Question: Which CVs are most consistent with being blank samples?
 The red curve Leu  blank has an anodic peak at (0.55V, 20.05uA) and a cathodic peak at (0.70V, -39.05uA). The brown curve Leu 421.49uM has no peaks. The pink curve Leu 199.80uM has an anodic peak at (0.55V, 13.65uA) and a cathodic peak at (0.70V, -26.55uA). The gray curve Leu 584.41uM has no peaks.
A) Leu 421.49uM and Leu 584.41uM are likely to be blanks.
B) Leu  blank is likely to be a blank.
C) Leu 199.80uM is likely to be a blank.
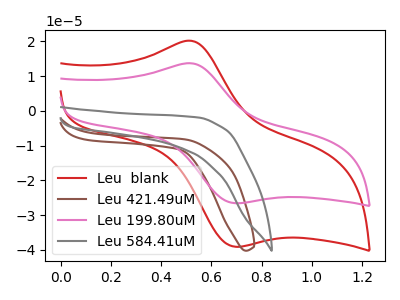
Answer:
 <answer>A) "Leu 421.49uM" and "Leu 584.41uM" are likely to be blanks.</answer>
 <eval>A</eval>